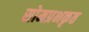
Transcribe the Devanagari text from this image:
सोमप्रभकृत